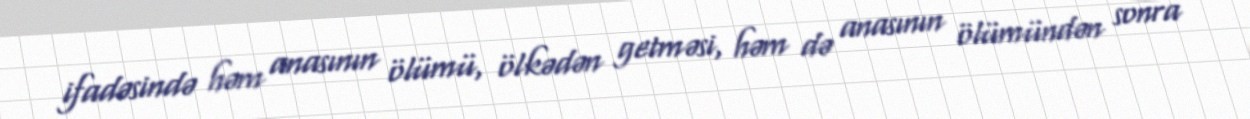
ifadəsində həm anasının ölümü, ölkədən getməsi, həm də anasının ölümündən sonra